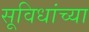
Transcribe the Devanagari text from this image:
सूविधांच्या